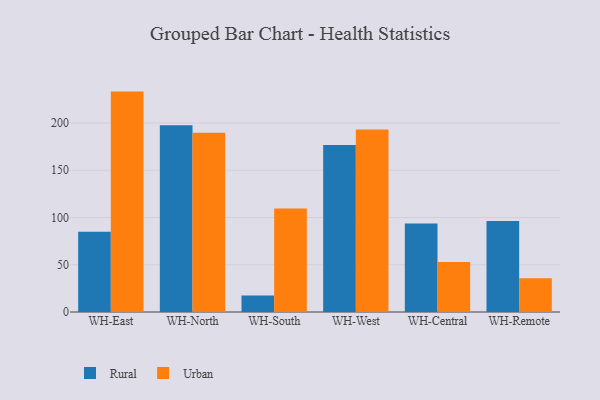
{"axis": {"x": "Warehouse", "y": "Humidity (%)"}, "legend": ["Rural", "Urban"], "data": [{"x": "WH-East", "y": 84.9, "type": "Rural"}, {"x": "WH-East", "y": 233.2, "type": "Urban"}, {"x": "WH-North", "y": 197.6, "type": "Rural"}, {"x": "WH-North", "y": 189.7, "type": "Urban"}, {"x": "WH-South", "y": 17.4, "type": "Rural"}, {"x": "WH-South", "y": 109.6, "type": "Urban"}, {"x": "WH-West", "y": 176.7, "type": "Rural"}, {"x": "WH-West", "y": 193.0, "type": "Urban"}, {"x": "WH-Central", "y": 93.6, "type": "Rural"}, {"x": "WH-Central", "y": 52.8, "type": "Urban"}, {"x": "WH-Remote", "y": 96.2, "type": "Rural"}, {"x": "WH-Remote", "y": 35.6, "type": "Urban"}]}